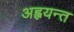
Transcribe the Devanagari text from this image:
अह्वयन्त